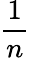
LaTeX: \frac{1}{n}